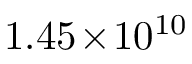
1 . 4 5 \! \times \! 1 0 ^ { 1 0 }